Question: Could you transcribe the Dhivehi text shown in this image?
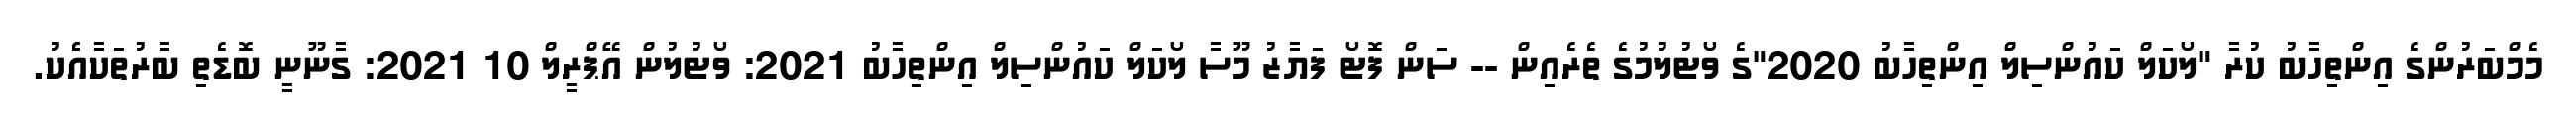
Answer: މެމްބަރުންގެ އިންތިހާބު ކުރާ "ލޯކަލް ކައުންސިލް އިންތިހާބު 2020"ގެ ވޯޓުލުމުގެ ތެރެއިން -- ސަން ފޮޓޯ ފަޔާޒު މޫސާ ލޯކަލް ކައުންސިލް އިންތިހާބު 2021: ވޯޓުލުން އޭޕްރީލް 10 2021: ގާނޫނީ ބޮޑެތި ބާރުތަކާއެެކު.